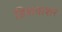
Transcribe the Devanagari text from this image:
डिशवाशर